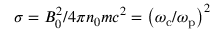
\sigma = B _ { 0 } ^ { 2 } / 4 \pi n _ { 0 } m c ^ { 2 } = \left( \omega _ { \mathrm { c } } / \omega _ { \mathrm { p } } \right) ^ { 2 }